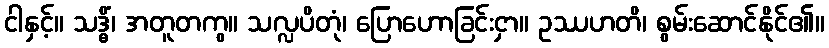
ငါနှင့်။ သဒ္ဓိံ၊ အတူတကွ။ သလ္လပိတုံ၊ ပြောဟောခြင်းငှာ။ ဥဿဟတိ၊ စွမ်းဆောင်နိုင်၏။